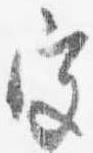
宮